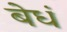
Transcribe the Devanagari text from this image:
बेधं